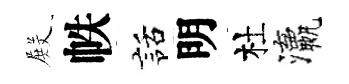
𭮺帙話明杜瀛